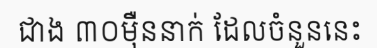
ជាង ៣០ម៉ឺននាក់ ដែលចំនួននេះ